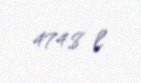
474,8 l